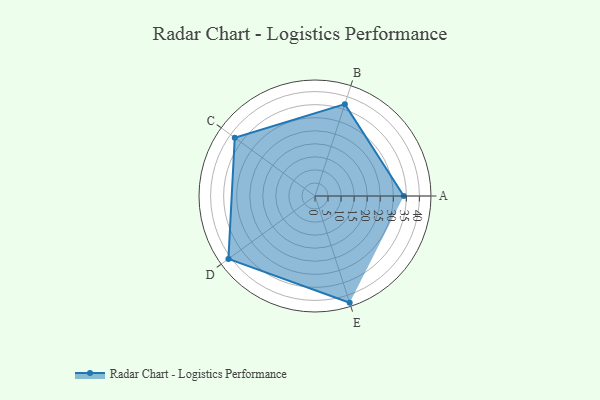
{"axis": {"x": "Skill", "y": "Score"}, "legend": ["Profile"], "data": [{"x": "A", "y": 34.0, "type": "Profile"}, {"x": "B", "y": 37.0, "type": "Profile"}, {"x": "C", "y": 38.0, "type": "Profile"}, {"x": "D", "y": 41.0, "type": "Profile"}, {"x": "E", "y": 43.0, "type": "Profile"}]}